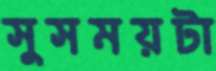
সুসময়টা